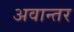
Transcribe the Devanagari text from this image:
अवान्‍तर